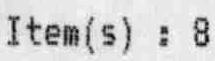
ITEM(S) : 8